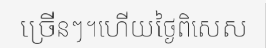
ច្រើនៗ។ហើយថ្ងៃពិសេស